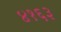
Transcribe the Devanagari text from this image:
४१६३